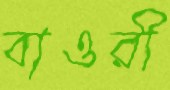
বাওরী